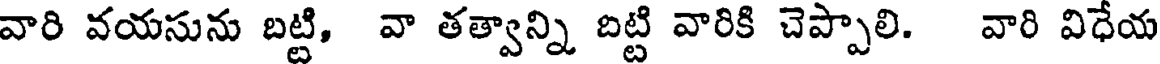
వారి వయసును బట్టి, వా తత్వాన్ని దిట్టి వారికి చెప్పాలి. వారి విధేయ